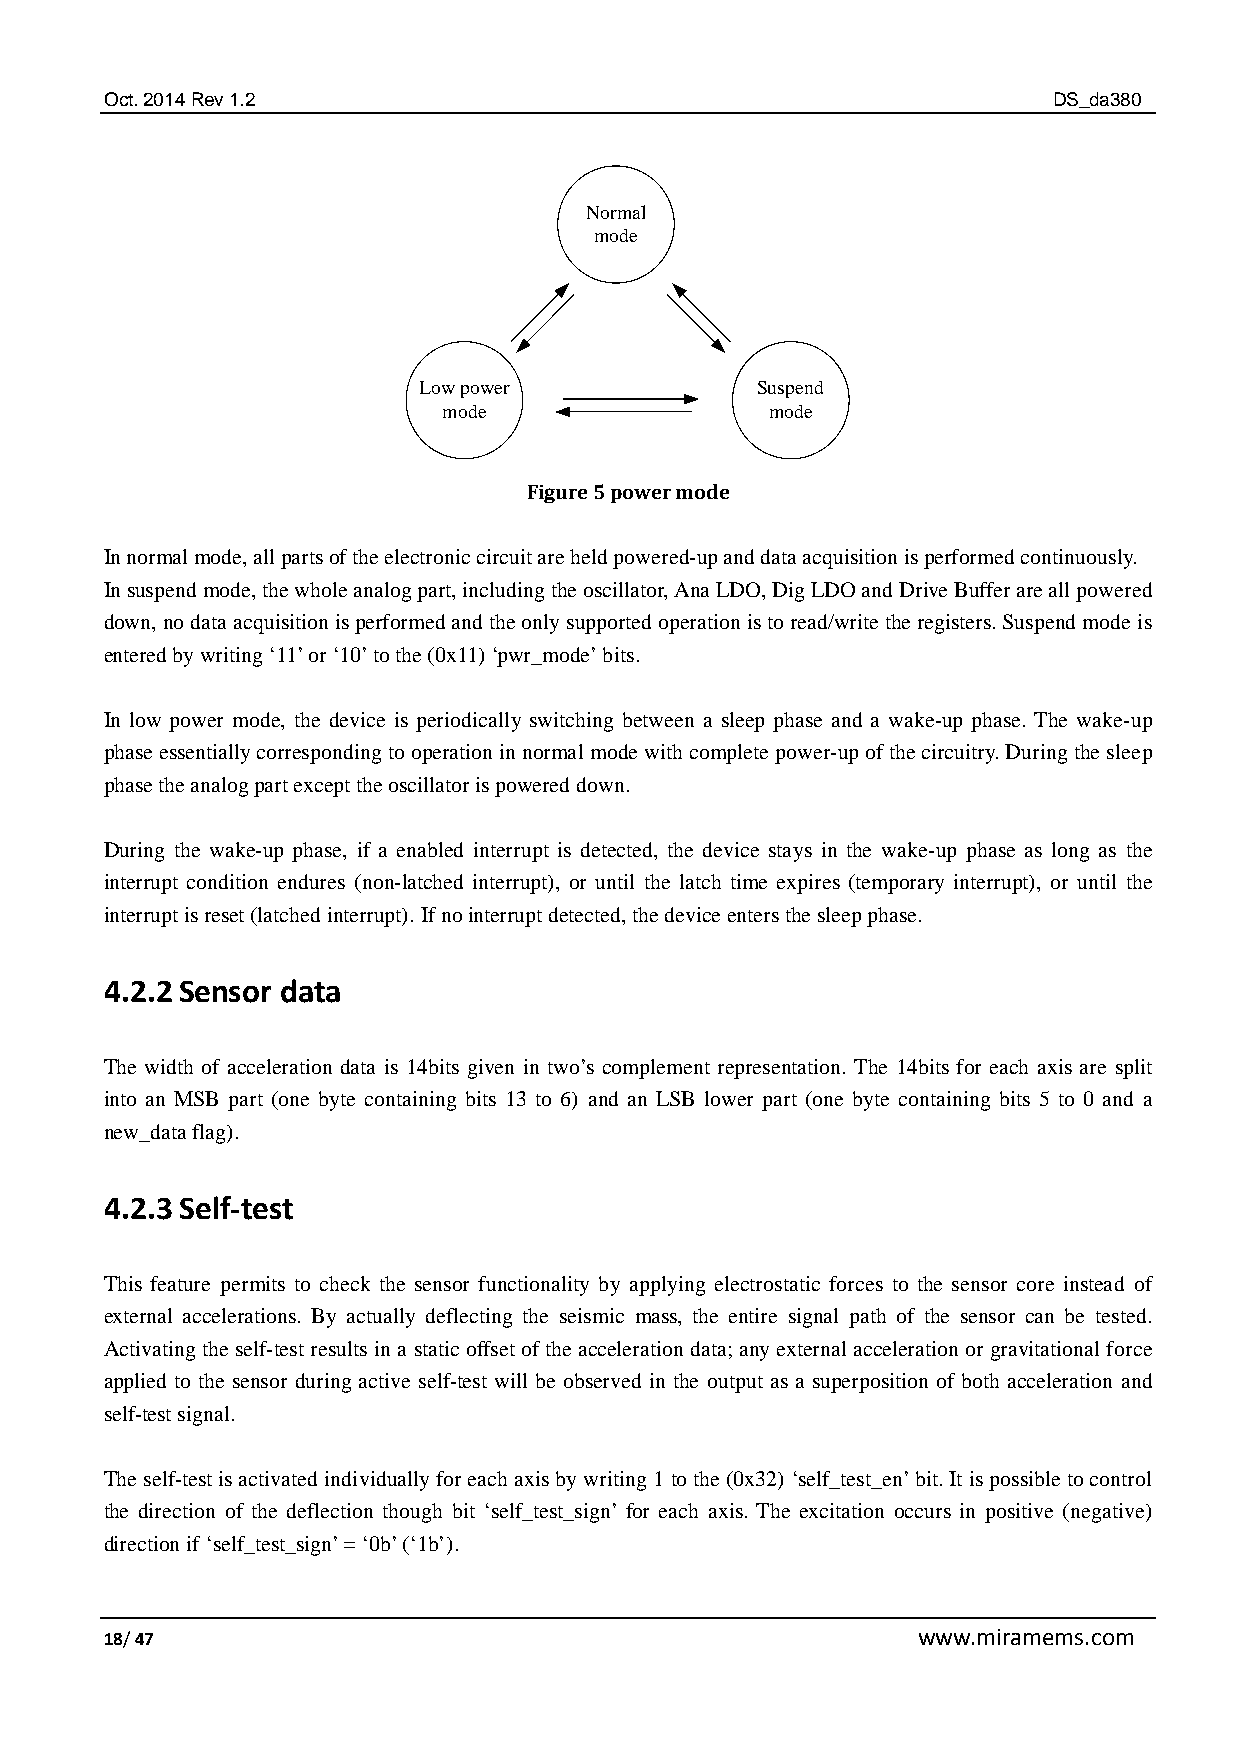
Oct. 2014 Rev 1.2                                              DS_da380
 Normal
 mode
 Low power             Suspend
 mode                  mode
 Figure 5 power mode
 In normal mode, all parts of the electronic circuit are held powered-up and data acquisition is performed continuously.
 In suspend mode, the whole analog part, including the oscillator, Ana LDO, Dig LDO and Drive Buffer are all powered
 down, no data acquisition is performed and the only supported operation is to read/write the registers. Suspend mode is
 entered by writing ‘11’ or ‘10’ to the (0x11) ‘pwr_mode’ bits.
 In low power mode, the device is periodically switching between a sleep phase and a wake-up phase. The wake-up
 phase essentially corresponding to operation in normal mode with complete power-up of the circuitry. During the sleep
 phase the analog part except the oscillator is powered down.
 During the wake-up phase, if a enabled interrupt is detected, the device stays in the wake-up phase as long as the
 interrupt condition endures (non-latched interrupt), or until the latch time expires (temporary interrupt), or until the
 interrupt is reset (latched interrupt). If no interrupt detected, the device enters the sleep phase.
 4.2.2 Sensor data
 The width of acceleration data is 14bits given in two’s complement representation. The 14bits for each axis are split
 into an MSB part (one byte containing bits 13 to 6) and an LSB lower part (one byte containing bits 5 to 0 and a
 new_data flag).
 4.2.3 Self-test
 This feature permits to check the sensor functionality by applying electrostatic forces to the sensor core instead of
 external accelerations. By actually deflecting the seismic mass, the entire signal path of the sensor can be tested.
 Activating the self-test results in a static offset of the acceleration data; any external acceleration or gravitational force
 applied to the sensor during active self-test will be observed in the output as a superposition of both acceleration and
 self-test signal.
 The self-test is activated individually for each axis by writing 1 to the (0x32) ‘self_test_en’ bit. It is possible to control
 the direction of the deflection though bit ‘self_test_sign’ for each axis. The excitation occurs in positive (negative)
 direction if ‘self_test_sign’ = ‘0b’ (‘1b’).
 18/ 47                                                www.miramems.com